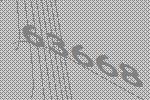
63668